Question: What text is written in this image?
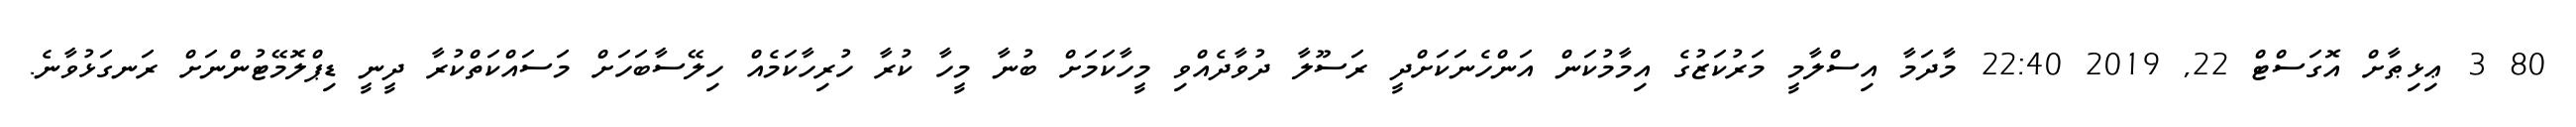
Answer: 80 3 ޢިޅިޠާށް އޮގަސްޓް 22, 2019 22:40 މާދަމާ އިސްލާމީ މަރުކަޒުގެ އިމާމުކަން އަންހެނަކަށްދީ ރަސޫލާ ދުވާދެއްވި މީހާކަމަށް ބުނާ މީހާ ކުރާ ހުރިހާކަމެއް ހިލޭސާބަހަށް މަސައްކަތްކުރާ ދީނީ ޑިޕްލޮމޭޓުންނަށް ރަނގަޅުވާނެ.